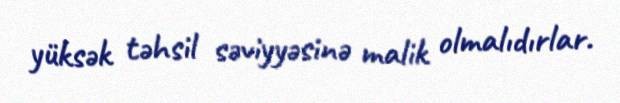
yüksək təhsil səviyyəsinə malik olmalıdırlar.